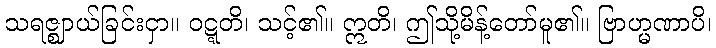
သရဇ္ဈာယ်ခြင်းငှာ။ ဝဋ္ဋတိ၊ သင့်၏။ ဣတိ၊ ဤသို့မိန့်တော်မူ၏။ ဗြာဟ္မဏာပိ၊